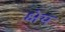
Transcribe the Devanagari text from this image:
क्षेय